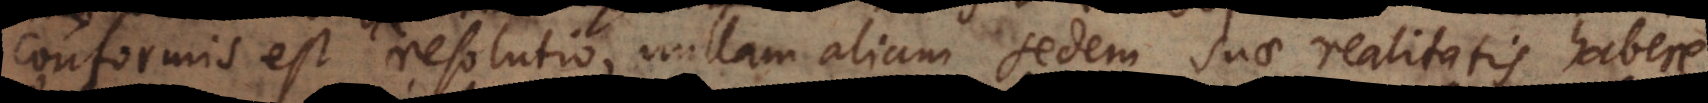
conformis est resolutio, nullam aliam sedem suae realitatis habere